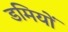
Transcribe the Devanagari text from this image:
डमियों